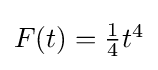
{\textstyle F(t)={\frac {1}{4}}t^{4}}